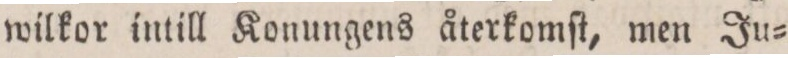
wilkor intill Konungens återkomſt, men Ju=